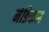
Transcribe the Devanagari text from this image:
मेङिकल